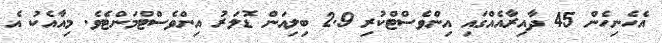
އެހެނިހެން 45 ދާއިރާއެއްގައި އިންވެސްޓްކުރި 2.9 ބިލިއަން ޑޮލަރު އިންވެސްޓްމަންޓެވެ. މިއާއެކު އެ